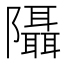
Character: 𨽦